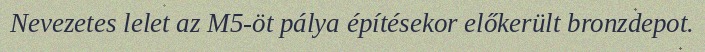
Nevezetes lelet az M5-öt pálya építésekor előkerült bronzdepot.